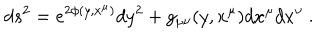
d s ^ { 2 } = e ^ { 2 \phi ( y , x ^ { \mu } ) } d y ^ { 2 } + g _ { \mu \nu } ( y , x ^ { \mu } ) d x ^ { \mu } d x ^ { \nu } \ .